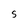
Character: S